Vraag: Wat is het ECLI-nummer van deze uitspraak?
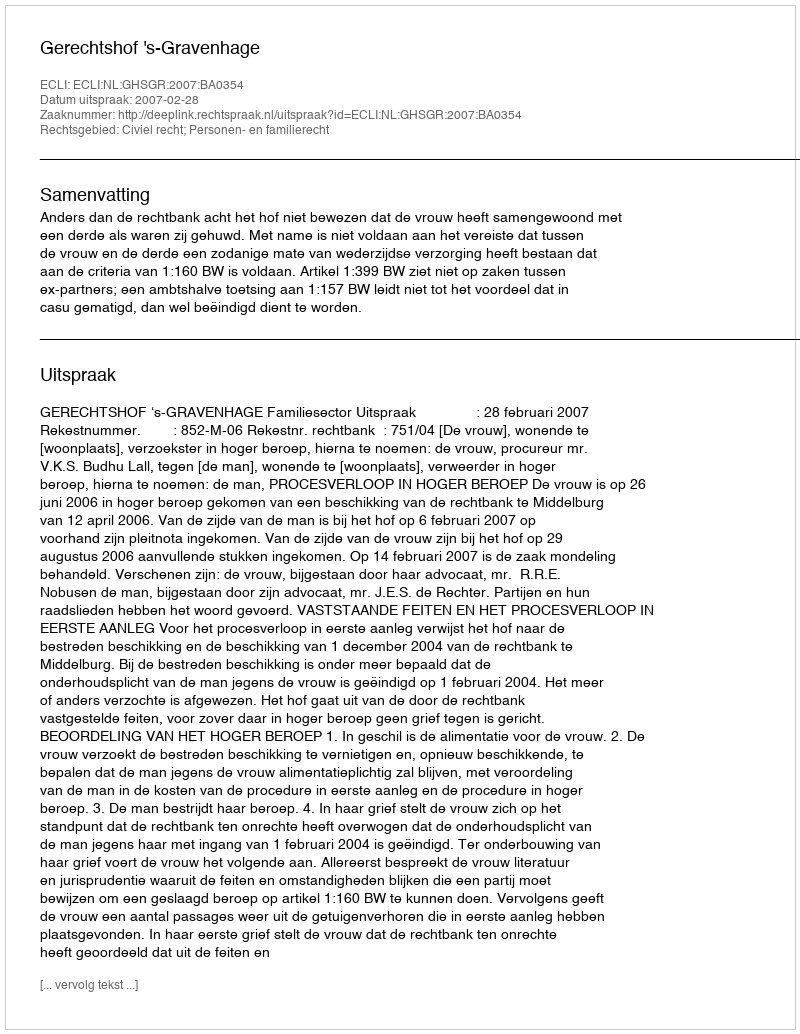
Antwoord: ECLI:NL:GHSGR:2007:BA0354